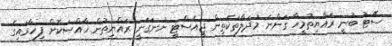
ސޭޓު ބުނީ ރައްޔިތުމީހާ ގަންނަ މުދަލާތަކެތިން ޖީއެސްޓީ ނުނަގަނީ ރައްޔިތުން ޚާއްޞަކޮށް ފިހާރައިގެ